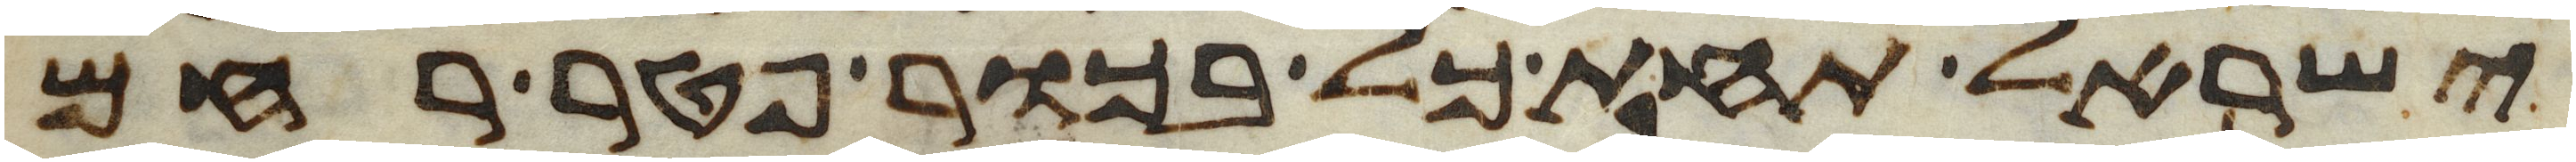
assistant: ישראל תחת כל בכור פטר רחם